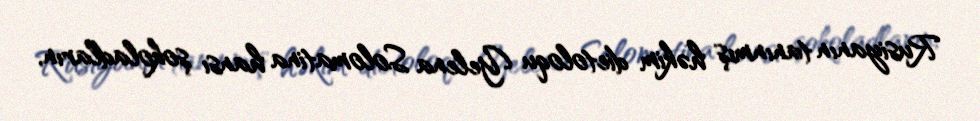
Rusiyanın tanınmış həkim dietoloqu Yelena Solomatina hansı şokoladların,